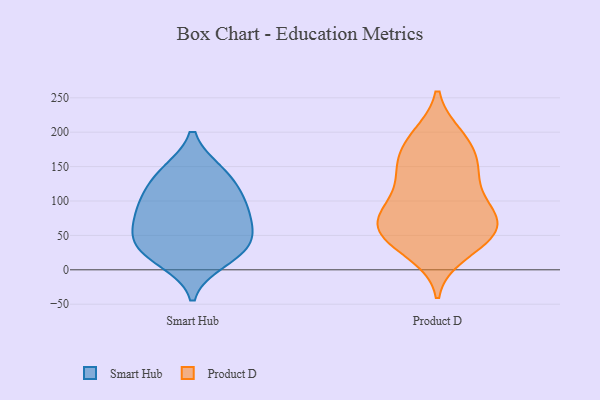
{"axis": {"x": "Satisfaction Score", "y": "Value"}, "legend": ["Product D", "Smart Hub"], "data": [{"x": "", "y": 27, "type": "Smart Hub"}, {"x": "", "y": 13, "type": "Smart Hub"}, {"x": "", "y": 143, "type": "Smart Hub"}, {"x": "", "y": 112, "type": "Smart Hub"}, {"x": "", "y": 41, "type": "Smart Hub"}, {"x": "", "y": 143, "type": "Smart Hub"}, {"x": "", "y": 108, "type": "Smart Hub"}, {"x": "", "y": 29, "type": "Smart Hub"}, {"x": "", "y": 53, "type": "Smart Hub"}, {"x": "", "y": 79, "type": "Smart Hub"}, {"x": "", "y": 68, "type": "Smart Hub"}, {"x": "", "y": 89, "type": "Smart Hub"}, {"x": "", "y": 142, "type": "Product D"}, {"x": "", "y": 24, "type": "Product D"}, {"x": "", "y": 153, "type": "Product D"}, {"x": "", "y": 89, "type": "Product D"}, {"x": "", "y": 47, "type": "Product D"}, {"x": "", "y": 43, "type": "Product D"}, {"x": "", "y": 187, "type": "Product D"}, {"x": "", "y": 39, "type": "Product D"}, {"x": "", "y": 144, "type": "Product D"}, {"x": "", "y": 194, "type": "Product D"}, {"x": "", "y": 82, "type": "Product D"}, {"x": "", "y": 87, "type": "Product D"}, {"x": "", "y": 65, "type": "Product D"}, {"x": "", "y": 153, "type": "Product D"}, {"x": "", "y": 79, "type": "Product D"}, {"x": "", "y": 190, "type": "Product D"}, {"x": "", "y": 115, "type": "Product D"}, {"x": "", "y": 56, "type": "Product D"}, {"x": "", "y": 63, "type": "Product D"}]}